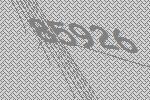
85926